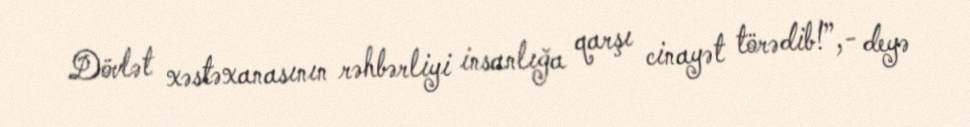
Dövlət xəstəxanasının rəhbərliyi insanlığa qarşı cinayət törədib!”,- deyə